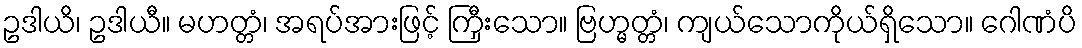
ဥဒါယိ၊ ဥဒါယီ။ မဟတ္တံ၊ အရပ်အားဖြင့် ကြှီးသော။ ဗြဟ္မတ္တံ၊ ကျယ်သောကိုယ်ရှိသော။ ဂေါဏံပိ